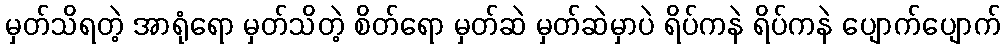
မှတ်သိရတဲ့ အာရုံရော မှတ်သိတဲ့ စိတ်ရော မှတ်ဆဲ မှတ်ဆဲမှာပဲ ရိပ်ကနဲ ရိပ်ကနဲ ပျောက်ပျောက်